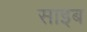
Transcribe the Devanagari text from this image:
साइब